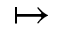
\mapsto